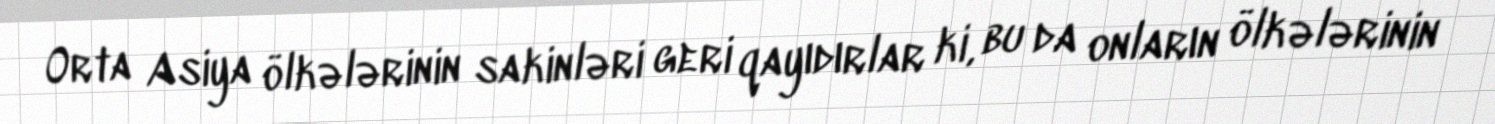
Orta Asiya ölkələrinin sakinləri geri qayıdırlar ki, bu da onların ölkələrinin